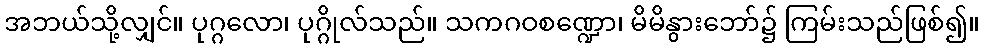
အဘယ်သို့လျှင်။ ပုဂ္ဂလော၊ ပုဂ္ဂိုလ်သည်။ သကဂဝစဏ္ဍော၊ မိမိနွားဘော်၌ ကြမ်းသည်ဖြစ်၍။